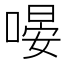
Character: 𠹵